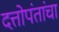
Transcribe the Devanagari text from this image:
दत्तोपंतांचा